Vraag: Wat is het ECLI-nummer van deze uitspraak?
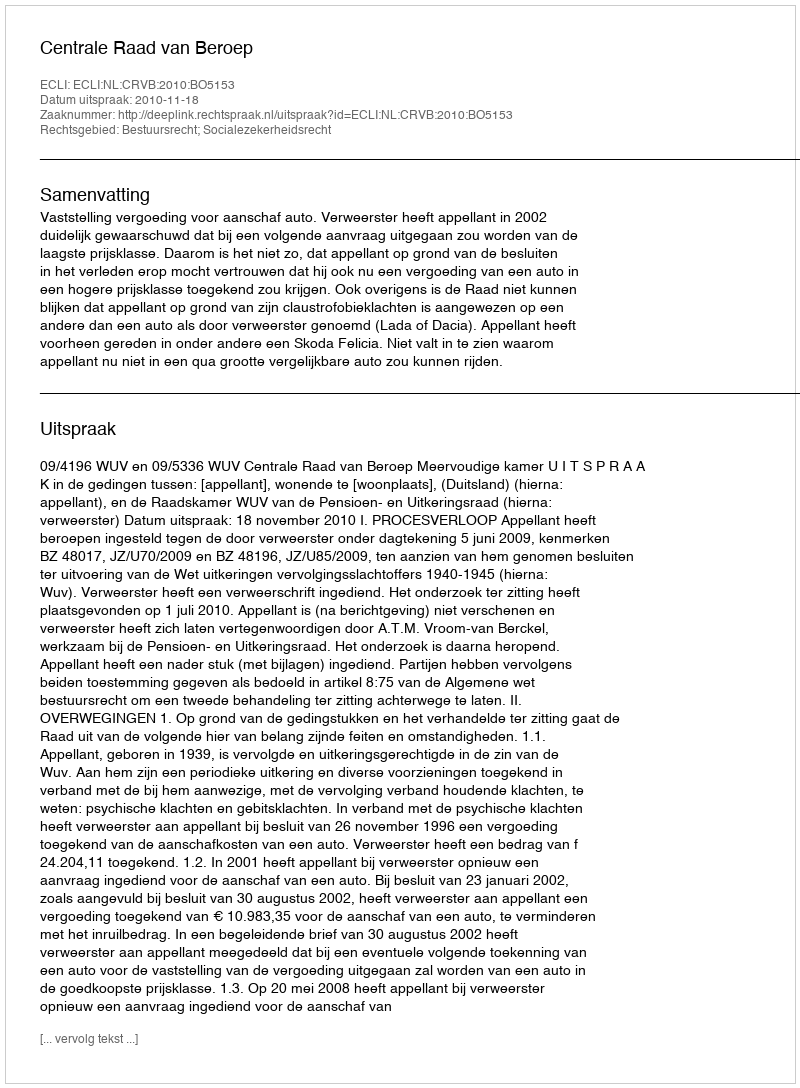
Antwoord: ECLI:NL:CRVB:2010:BO5153